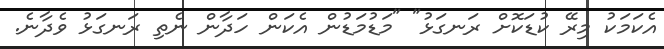
އެކަމަކު މިރޭ ކުޑަކޮށް ރަނގަޅު" "މަޑުމަޑުން އެކަން ހަދާން ނެތި ރަނގަޅު ވެދާނެ.